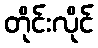
တိုင်းလိုင်